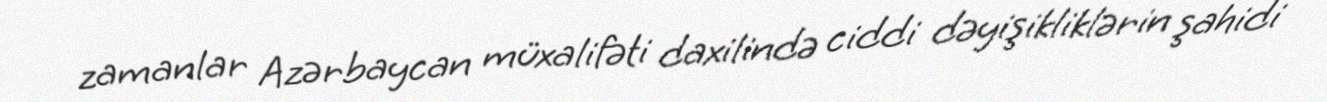
zamanlar Azərbaycan müxalifəti daxilində ciddi dəyişikliklərin şahidi